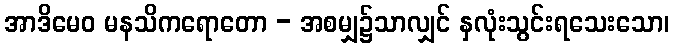
အာဒိမေဝ မနသိကရောတော - အစမျှ၌သာလျှင် နှလုံးသွင်းရသေးသော၊